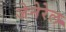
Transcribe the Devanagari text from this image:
जेनेरेल